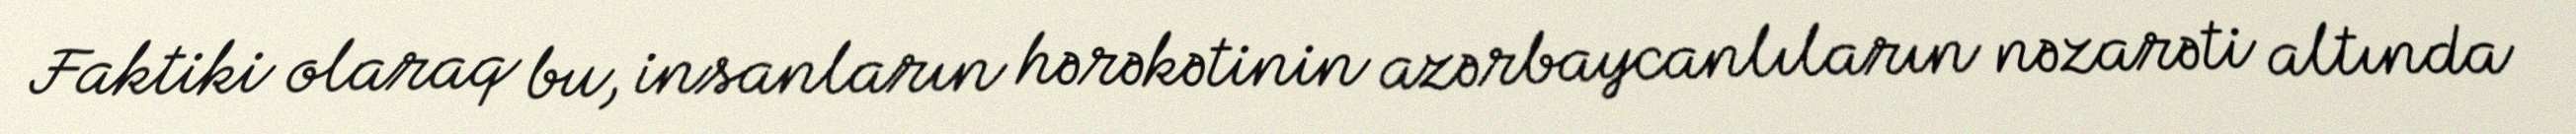
Faktiki olaraq bu, insanların hərəkətinin azərbaycanlıların nəzarəti altında